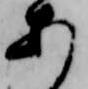
あ